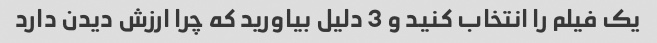
یک فیلم را انتخاب کنید و 3 دلیل بیاورید که چرا ارزش دیدن دارد